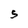
Character: S